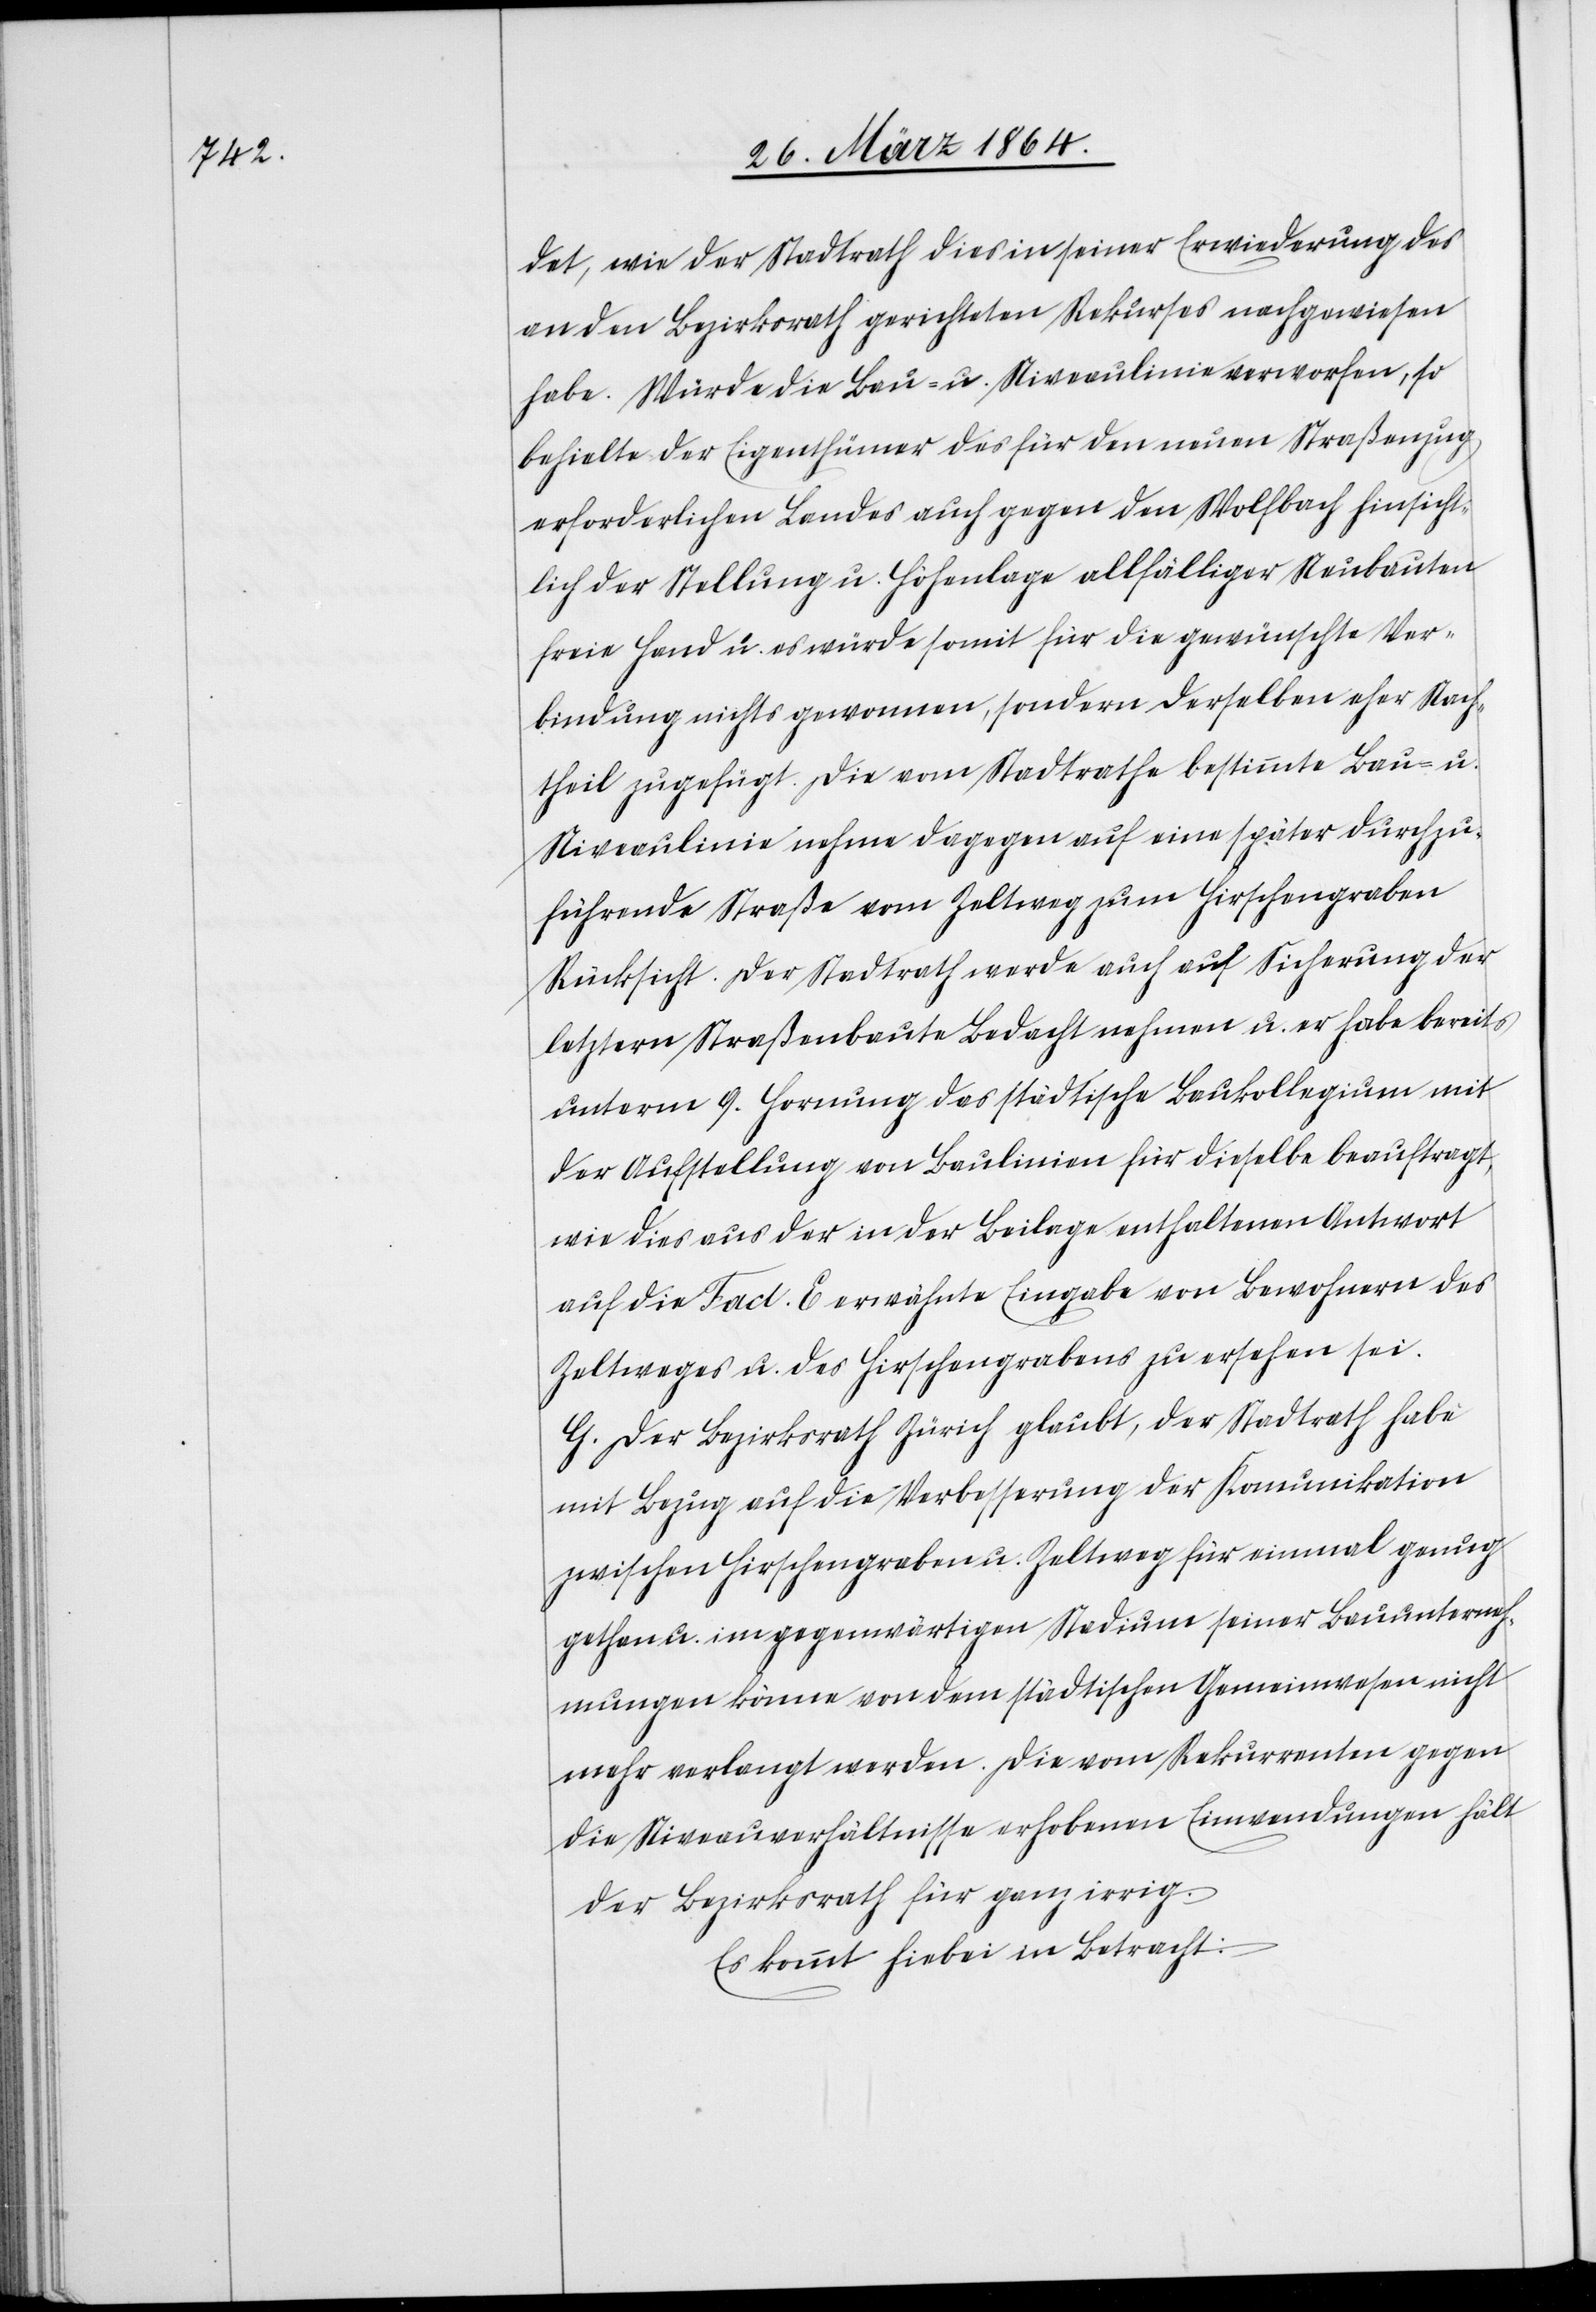
det, wie der Stadtrath dies in seiner Erwiederung des
an den Bezirksrath gerichteten Rekurses nachgewiesen
habe. Würde die Bau- u. Niveaulinie verworfen, so
behielt der Eigenthümer des für den neuen Straßenzug
erforderlichen Landes auch gegen den Wolfbach hinsicht¬
lich der Stellung u. Höhenlage allfälliger Neubauten
freie Hand u. es werde somit für die gewünschte Ver¬
bindung nichts gewonnen, sondern derselben eher Nach¬
theil zugefügt. Die vom Stadtrathe bestimmte Bau- u.
Niveaulinie nehme dagegen auf eine später durchzu¬
führende Straße vom Zeltweg zum Hirschengraben
Rücksicht. Der Stadtrath werde auch auf Sicherung der
letztern Straßenbaute Bedacht nehmen u. er habe bereits
unterm 9. Hornung das städtische Baukollegium mit
der Aufstellung von Baulinien für dieselbe beauftragt,
wie dies aus der in der Beilage enthaltenen Antwort
auf die Fact. E erwähnte Eingabe von Bewohnern des
Zeltweges u. der Hirschengrabens zu ersehen sei.
F. Der Bezirksrath Zürich glaubt, der Stadtrath habe
mit Bezug auf die Verbesserung der Komunikation
zwischen Hirschengraben u. Zeltweg für einmal genug
gethan u. im gegenwärtigen Stadium seiner Bauunterneh¬
mungen könne von dem städtischen Gemeinwesen nicht
mehr verlangt werden. Die vom Rekurrenten gegen
die Niveauverhältnisse erhobenen Einwendungen hält
der Bezirksrath für ganz irrig.
Es kommt hiebei in Betracht: